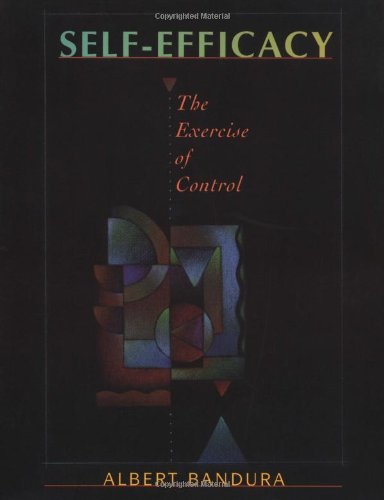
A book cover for Self-Efficacy: The Exercise of Control; Albert Bandura; Medical Books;